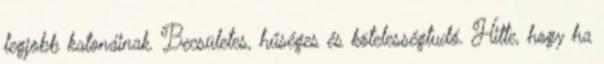
legjobb katonáinak. Becsületes, hűséges és kötelességtudó. Hitte, hogy ha